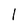
Character: l